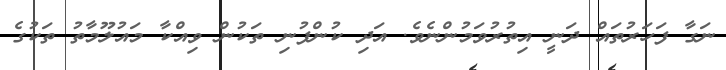
ނަގާ ފަހަރުތައް ދަނީ އިތުރުވަމުންނެވެ. އަދި ކުންފުނި ތަކުން ވިއްކާ މައުލޫމާތު ތަކުގެ